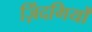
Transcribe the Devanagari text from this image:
ज़िंदगियों